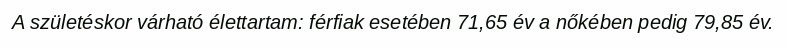
A születéskor várható élettartam: férfiak esetében 71,65 év a nőkében pedig 79,85 év.